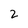
Character: 2